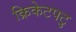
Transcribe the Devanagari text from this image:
क्रिकेटपटु